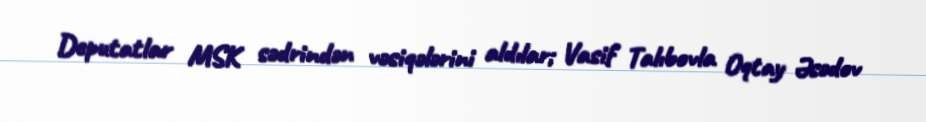
Deputatlar MSK sədrindən vəsiqələrini aldılar; Vasif Talıbovla Oqtay Əsədov